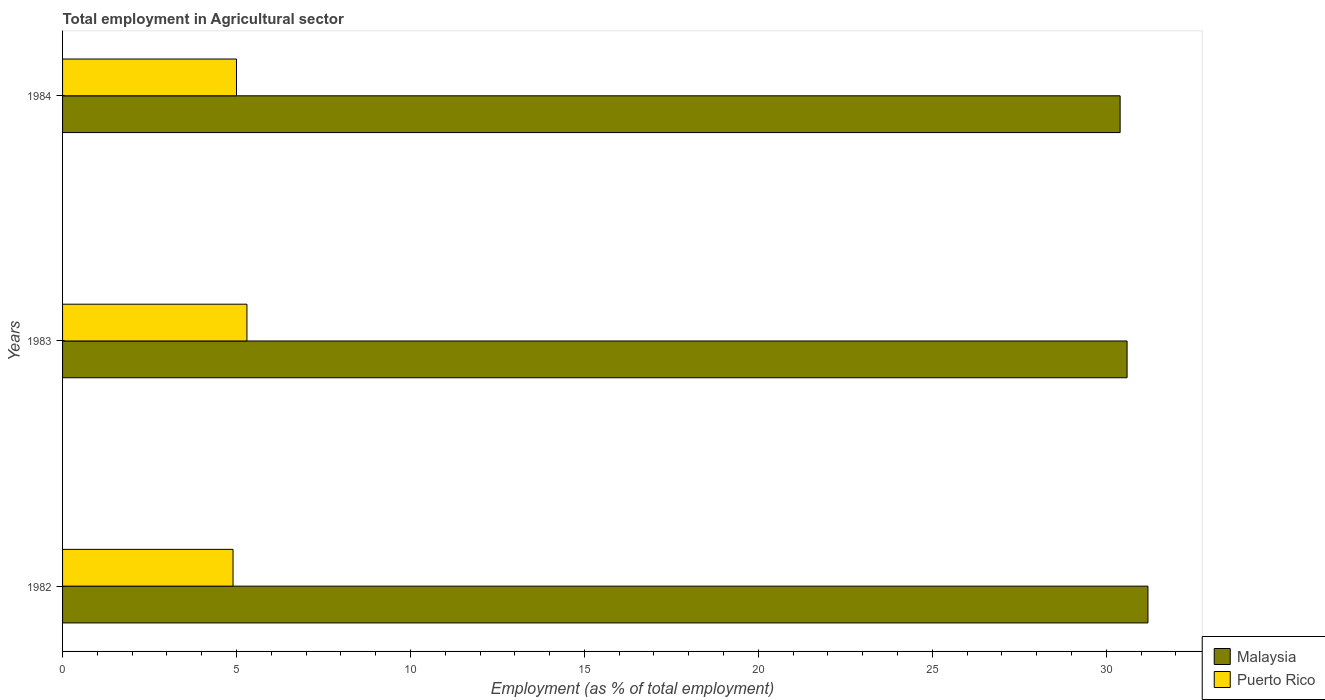
| Years | Malaysia | Puerto Rico |
 | --- | --- | --- |
 | 1982 | 31.2 | 4.9 |
 | 1983 | 30.6 | 5.3 |
 | 1984 | 30.4 | 5 |